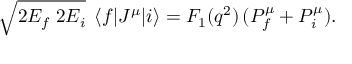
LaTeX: \sqrt { 2 E _ { f } \; 2 E _ { i } } \; \left< f | J ^ { \mu } | i \right> = F _ { 1 } ( q ^ { 2 } ) \, ( P _ { f } ^ { \mu } + P _ { i } ^ { \mu } ) .